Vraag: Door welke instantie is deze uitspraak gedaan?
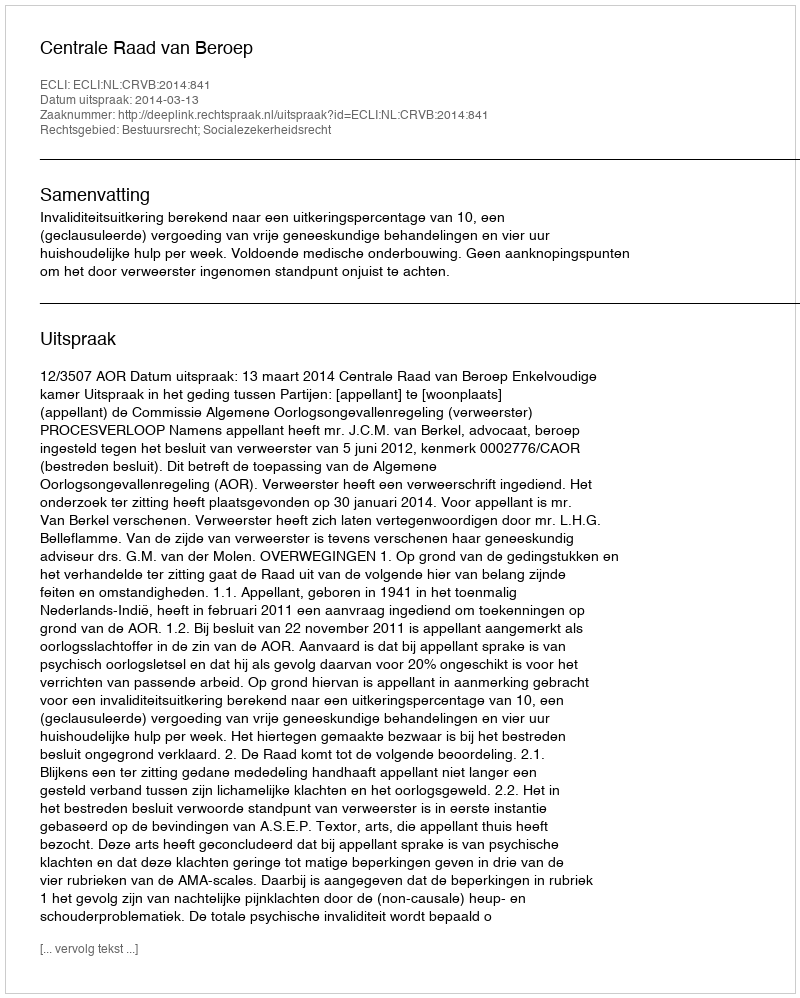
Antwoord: Centrale Raad van Beroep